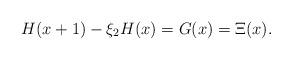
LaTeX: \begin{align*}H(x+1)-\xi_{2}H(x)=G(x)=\Xi (x).\end{align*}